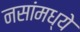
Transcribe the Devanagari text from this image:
नसांमध्ये